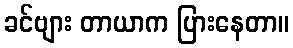
ခင်ဗျား တာယာက ပြားနေတာ။